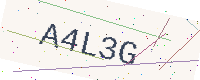
Text: A4L3G